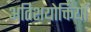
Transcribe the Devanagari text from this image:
अतिशयोक्तियाँ